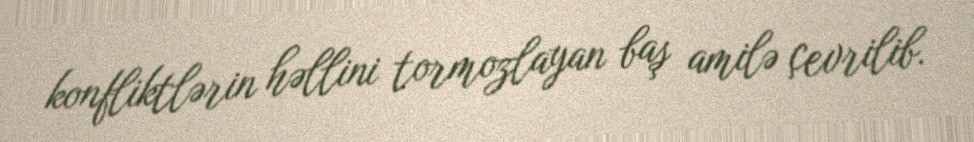
konfliktlərin həllini tormozlayan baş amilə çevrilib.